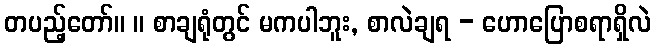
တပည့်တော်။ ။ စာချရုံတွင် မကပါဘူး, စာလဲချရ - ဟောပြောစရာရှိလဲ